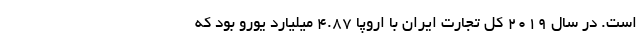
است. در سال ۲۰۱۹ کل تجارت ایران با اروپا ۴.۸۷ میلیارد یورو بود که